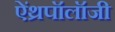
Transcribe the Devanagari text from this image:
ऐंथ्रपॉलॉजी